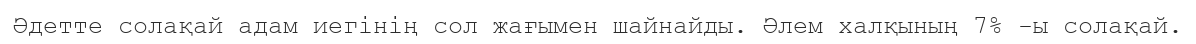
Әдетте солақай адам иегінің сол жағымен шайнайды. Әлем халқының 7% -ы солақай.